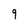
Character: 9